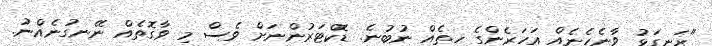
"ރަނގަޅު ވާނެހެނެއް އަހަރެންގެ ހިތެއް ނުބުނެ. ޑޮކްޓަރުންނަށް ވެސް މި ވާގޮތެއް ނޭނގުނެއްނު.